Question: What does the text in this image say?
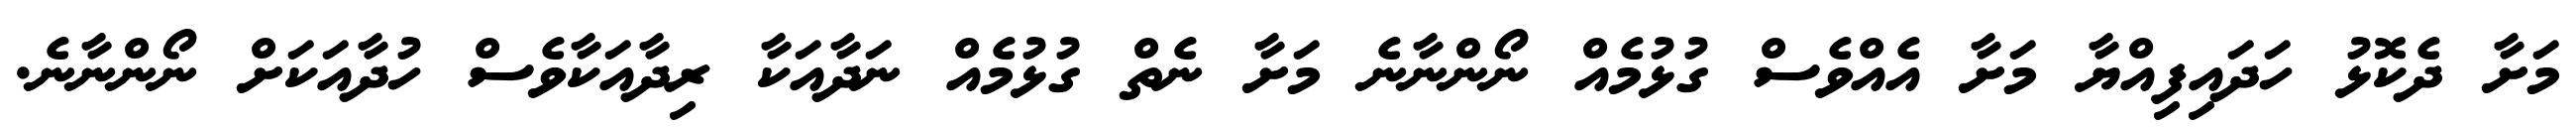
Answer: މަށާ ދެކޮޅު ހަދައިފިއްޔާ މަށާ އެއްވެސް ގުޅުމެއް ނޯންނާނެ މަށާ ނެތް ގުޅުމެއް ނަދާއަކާ ރިދާއަކާވެސް ހުދާއަކަށް ނޯންނާނެ.